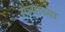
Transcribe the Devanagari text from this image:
संत्र्यांच्या